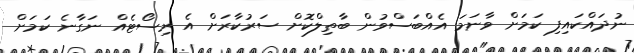
ނުދައްކައިފި ކަމަށް ވާނަމަ އެއްބަސްވުން ބާތިލްކޮށް ސަރުކާރަށް އެ ރިސޯޓެއް ނަގާނެ ކަމަށް